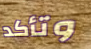
وتأكد